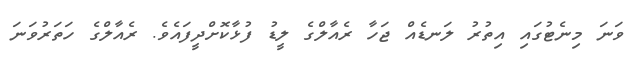
ވަނަ މިނެޓުގައި އިތުރު ލަނޑެއް ޖަހާ ރެއާލްގެ ލީޑު ފުޅާކޮށްދީފައެވެ. ރެއާލްގެ ހަތަރުވަނަ